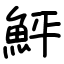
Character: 鮃